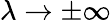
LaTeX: \lambda\rightarrow\pm\infty